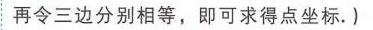
再令三边分别相等，即可求得点坐标. )